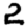
Digit: 2